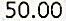
50.00